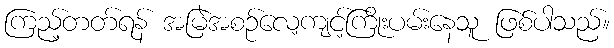
ကြည့်တတ်ရန် အမြဲအစဉ်လေ့ကျင့်ကြိုးပမ်းနေသူ ဖြစ်ပါသည်။